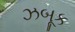
ઝબૂક